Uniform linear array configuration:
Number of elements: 12
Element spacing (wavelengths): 0.75
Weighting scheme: exponential
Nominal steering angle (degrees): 45
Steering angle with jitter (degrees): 43.858
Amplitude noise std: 0.05
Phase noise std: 0.05

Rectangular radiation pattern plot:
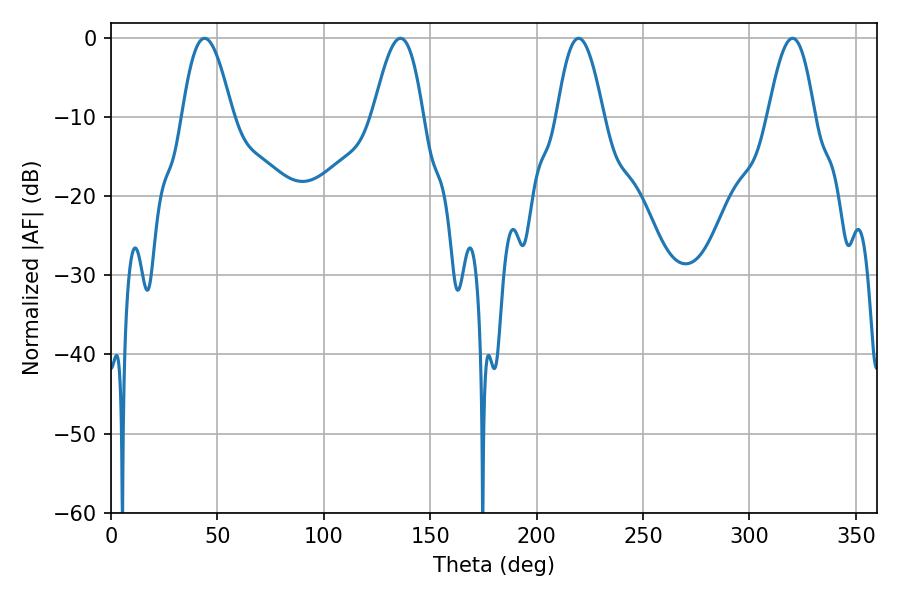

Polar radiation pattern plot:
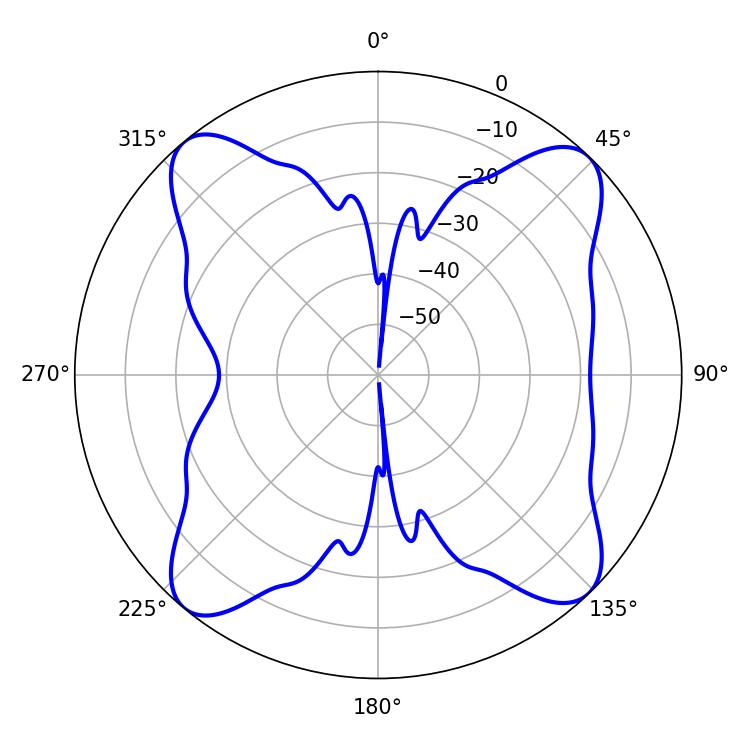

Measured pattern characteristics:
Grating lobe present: TRUE
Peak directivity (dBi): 14.843
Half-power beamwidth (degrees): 12.78
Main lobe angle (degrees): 43.92